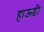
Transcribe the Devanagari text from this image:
हाऊडी